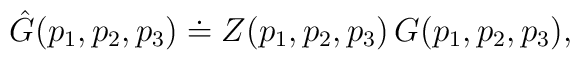
\hat{G}(p_1,p_2,p_3) \doteq Z(p_1,p_2,p_3) \, G(p_1,p_2,p_3),